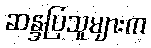
ဆန္ဒပြသူများက